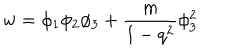
LaTeX: w = \phi _ { 1 } \phi _ { 2 } \phi _ { 3 } + \frac { m } { 1 - q ^ { 2 } } \phi _ { 3 } ^ { 2 }